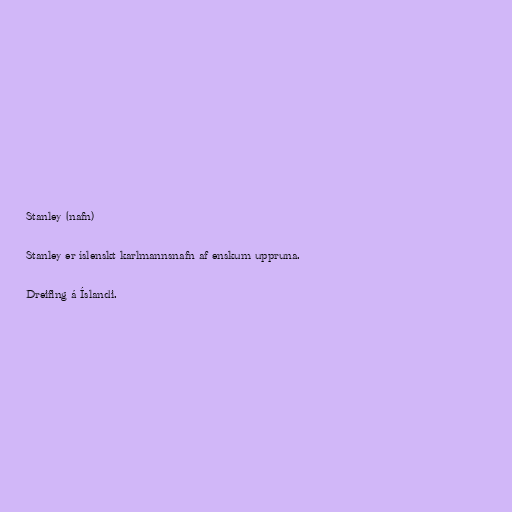
Stanley (nafn)

Stanley er íslenskt karlmannsnafn af enskum uppruna.

Dreifing á Íslandi.